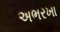
અભરખા